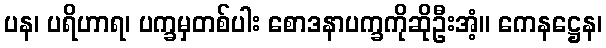
ပန၊ ပရိဟာရ၊ ပက္ခမှတစ်ပါး စောဒနာပက္ခကိုဆိုဦးအံ့။ ကေနဋ္ဌေန၊